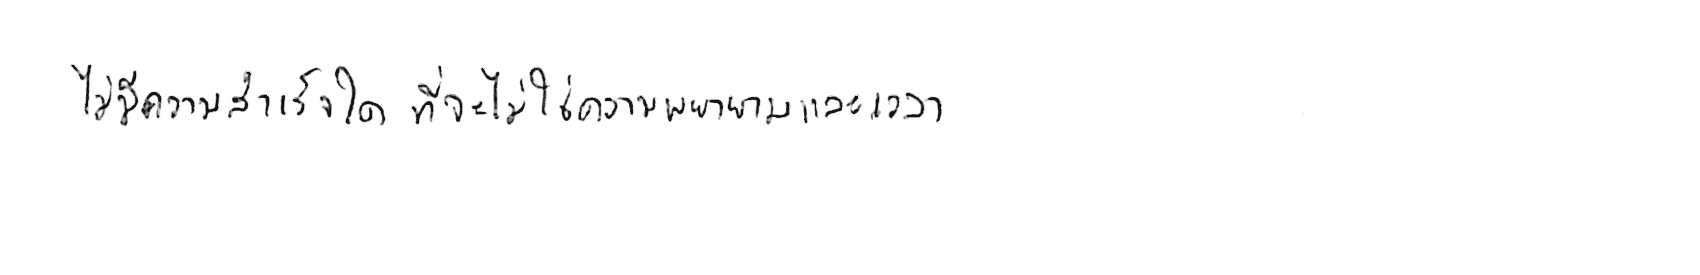
ไม่มีความสำเร็จใด ที่จะไม่ใช้ความพยายามและเวลา